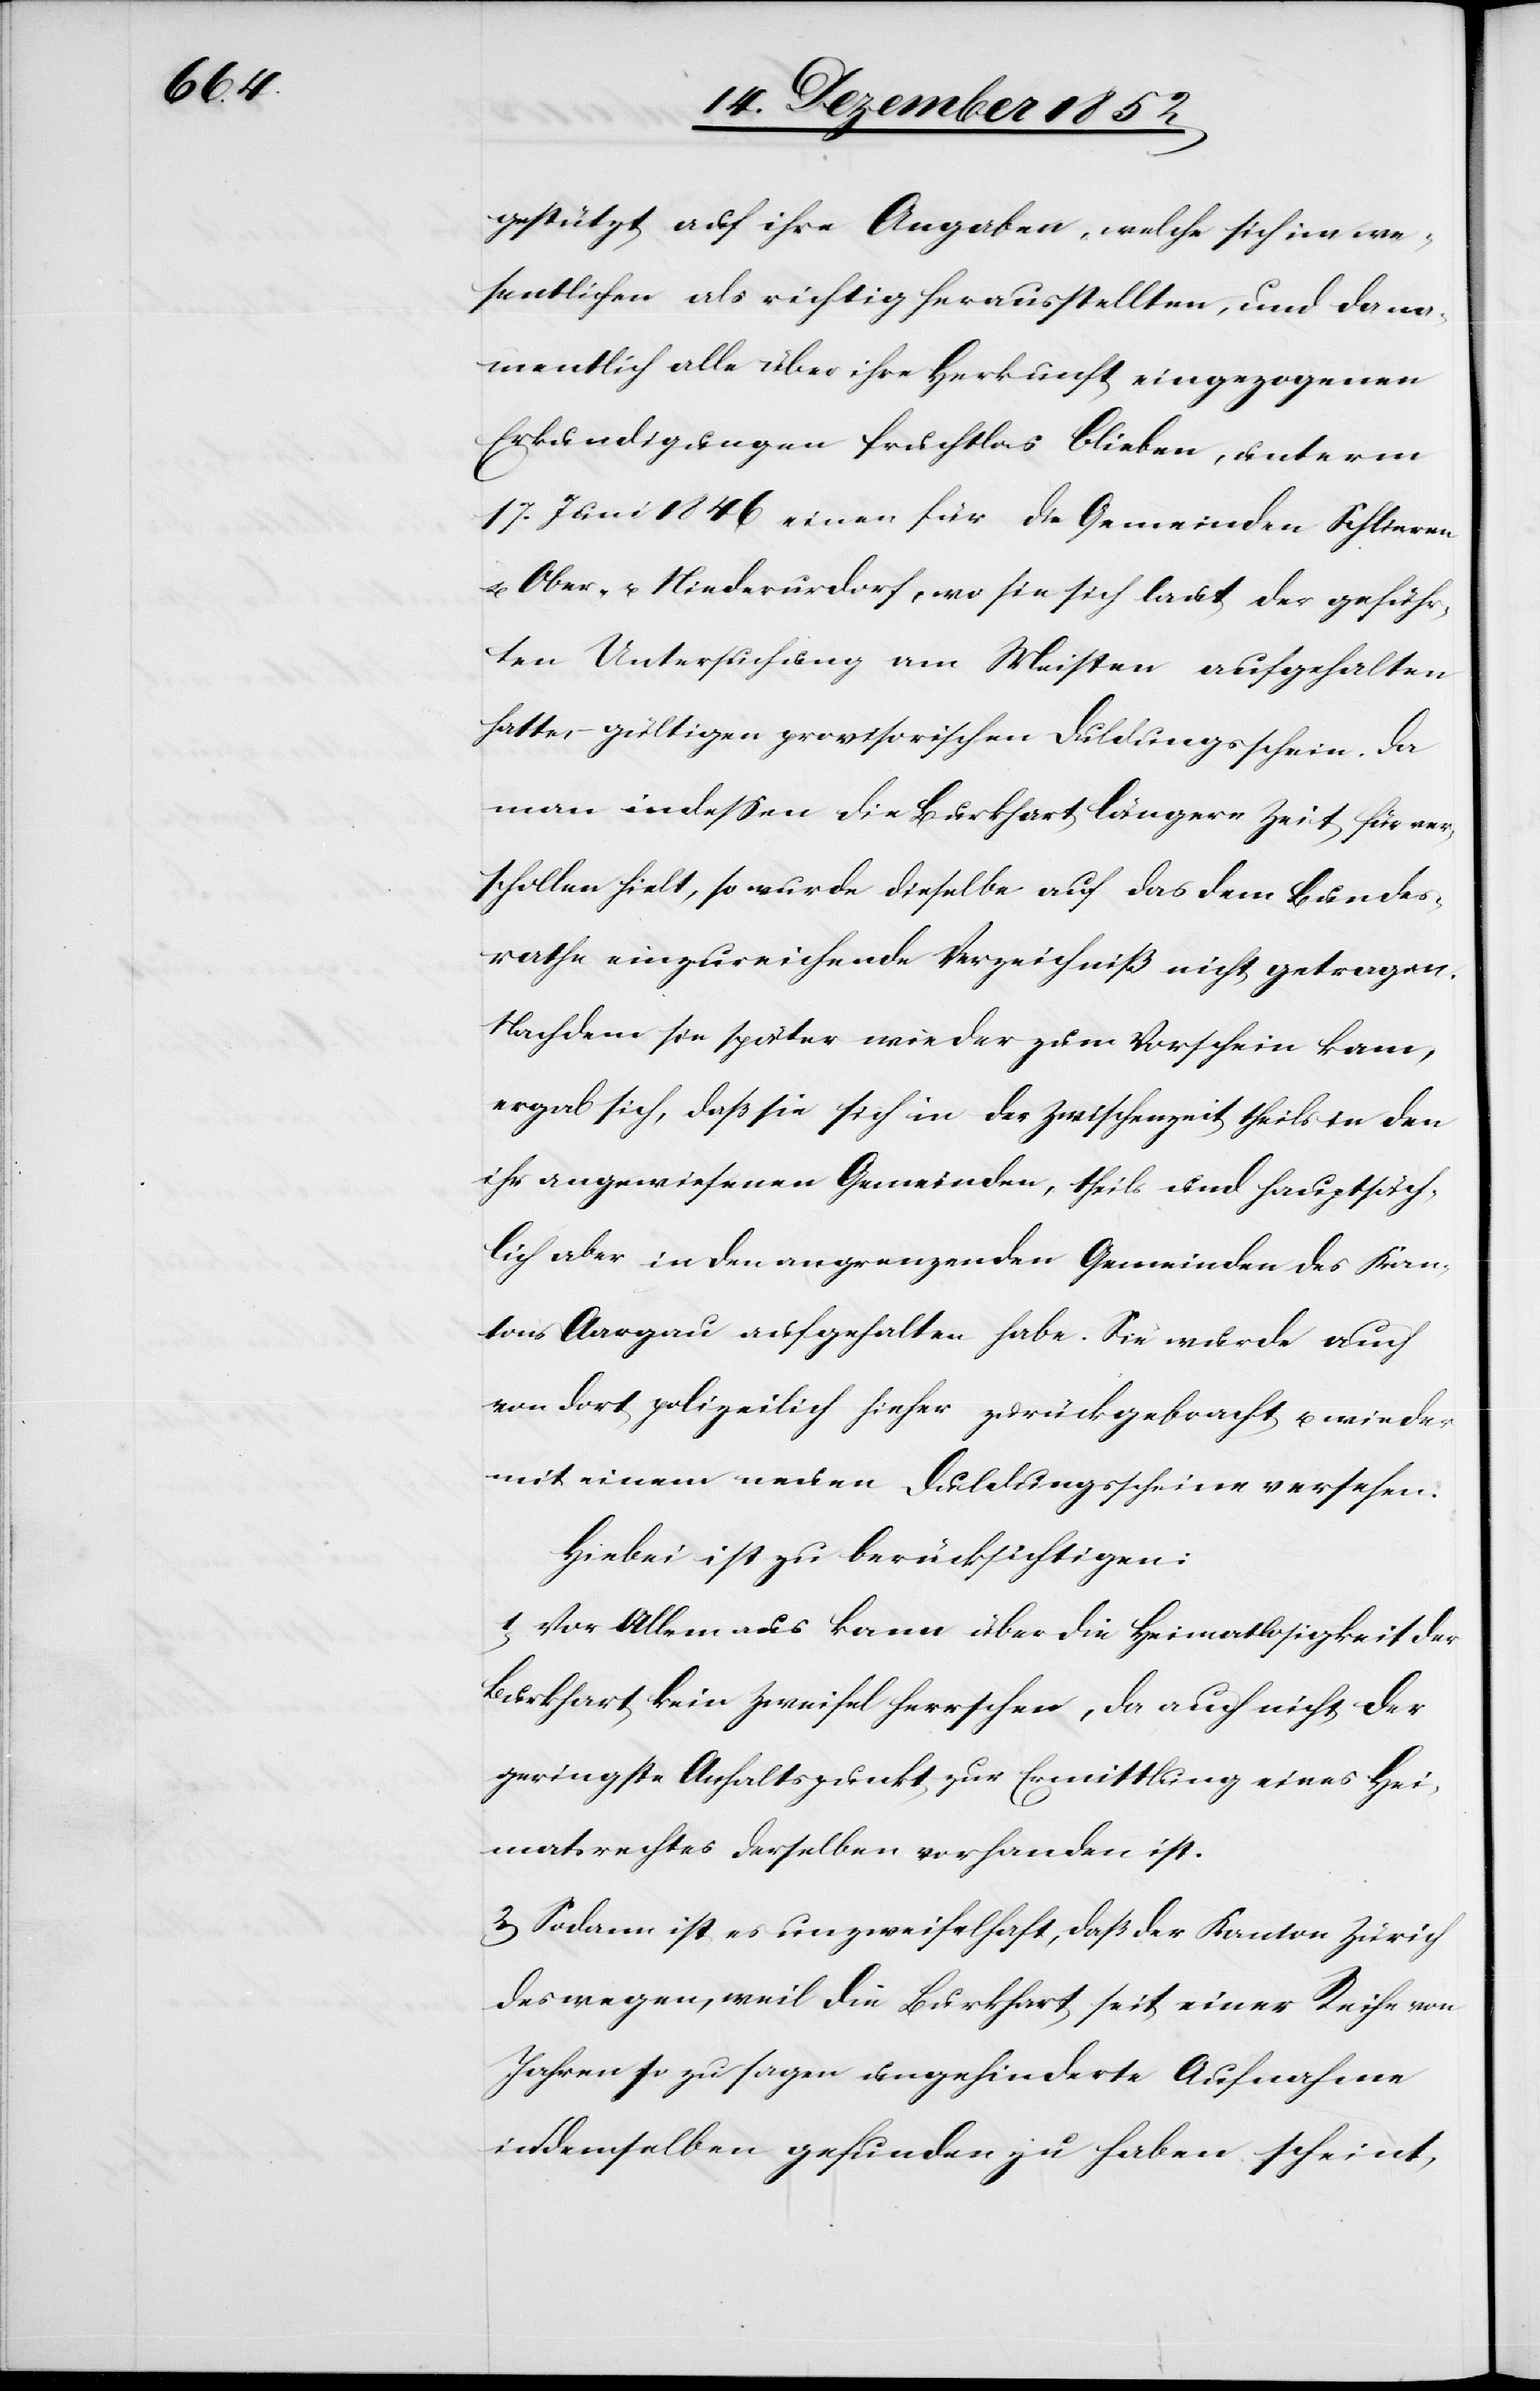
gestützt auf ihre Angaben, welche sich im we¬
sentlichen als richtig herausstellten, und da na¬
mentlich alle über ihre Herkunft eingezogenen
Erkundigungen fruchtlos blieben, unterm
17. Juni 1846 einen für die Gemeinden Schlieren
u. Ober- u. Niederurdorf, wo sie sich laut der geführ¬
ten Untersuchung am Meisten aufgehalten
hatte, – gültigen provisorischen Duldungsschein. Da
man indessen die Burkhart längere Zeit für ver¬
schollen hielt, so wurde dieselbe auf das dem Bundes¬
rathe einzureichende Verzeichniß nicht getragen.
Nachdem sie später wieder zum Vorschein kam,
ergab sich, daß sie sich in der Zwischenzeit theils in den
ihr angewiesenen Gemeinden, theils und hauptsäch¬
lich aber in den angrenzenden Gemeinden des Kan¬
tons Aargau aufgehalten habe. Sie wurde auch
von dort polizeilich hieher zurückgebracht u. wieder
mit einem neuen Duldungsscheine versehen.
Hiebei ist zu berücksichtigen:
1, Vor Allem aus kann über die Heimatlosigkeit der
Burkhart kein Zweifel herrschen, da auch nicht der
geringste Anhaltspunkt zur Ermittlung eines Hei¬
matsrechtes derselben vorhanden ist.
2, Sodann ist es unzweifelhaft, daß der Kanton Zürich
deswegen, weil die Burkhart seit einer Reihe von
Jahren so zu sagen ungehinderte Aufnahme
in demselben gefunden zu haben scheint,